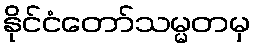
နိုင်ငံတော်သမ္မတမှ